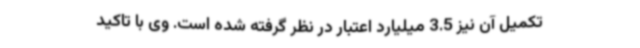
تکمیل آن نیز 3.5 میلیارد اعتبار در نظر گرفته شده است. وی با تاکید